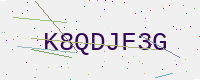
Text: K8QDJF3G